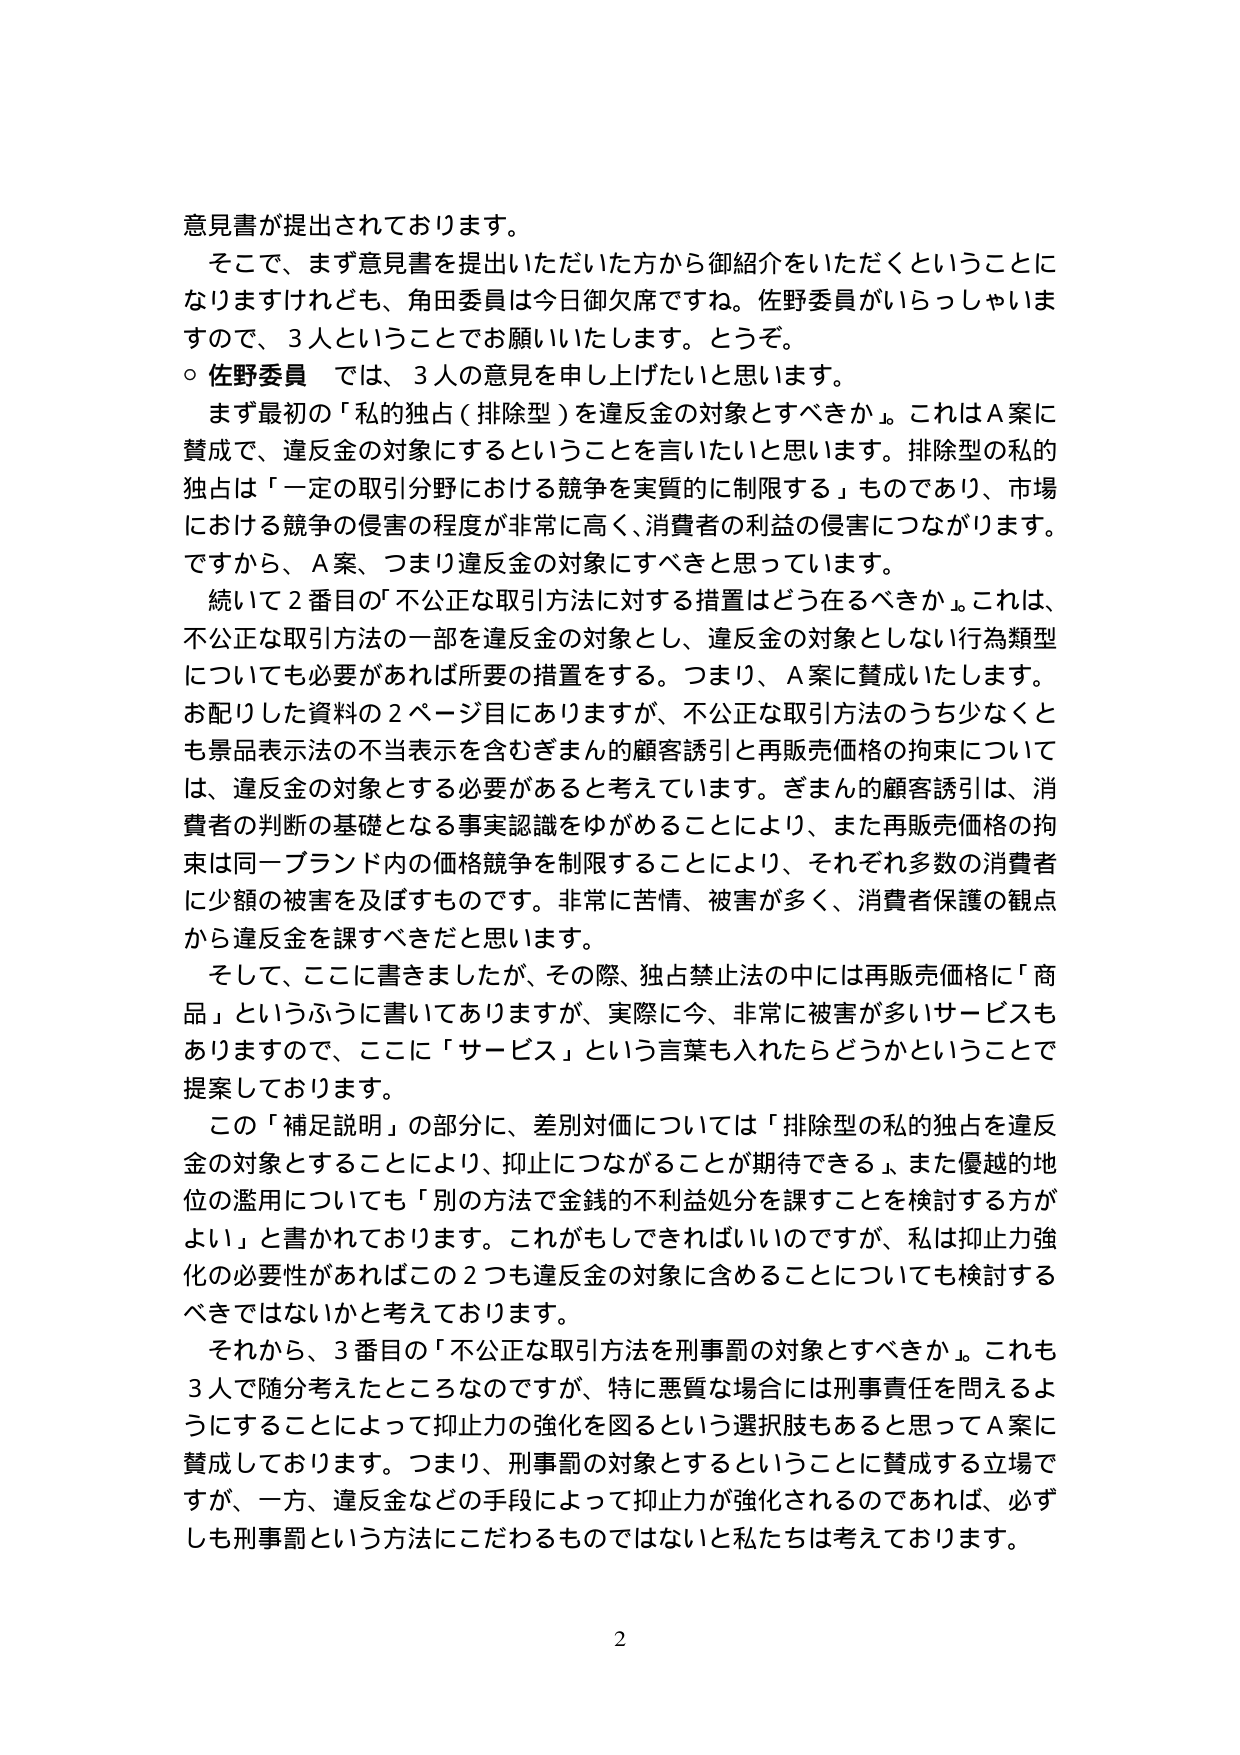
意見書が提出されております。
そこで、まず意見書を提出いただいた方から御紹介をいただくということになりますけれども、角田委員は今日御欠席ですね。佐野委員がいらっしゃいますので、3人ということでお願いいたします。とうぞ。
○ 佐野委員 では、3人の意見を申し上げたいと思います。
まず最初の「私的独占（排除型）を違反金の対象とすべきか」。これはA案に賛成で、違反金の対象にするということを言いたいと思います。排除型の私的独占は「一定の取引分野における競争を実質的に制限する」ものであり、市場における競争の侵害の程度が非常に高く、消費者の利益の侵害につながります。ですから、A案、つまり違反金の対象にすべきと思っています。
続いて2番目の「不公正な取引方法に対する措置はどう在るべきか」。これは、不公正な取引方法の一部を違反金の対象とし、違反金の対象としない行為類型についても必要があれば所要の措置をする。つまり、A案に賛成いたします。お配りした資料の2ページ目がありますが、不公正な取引方法のうち少なくとも景品表示法の不当表示を含むざまん的顧客誘引と再販売価格の拘束については、違反金の対象とする必要があると考えています。ざまん的顧客誘引は、消費者の判断の基礎となる事実認識をゆがめることにより、また再販売価格の拘束は同一ブランド内の価格競争を制限することにより、それぞれ多数の消費者に少額の被害を及ぼすものです。非常に苦情、被害が多く、消費者保護の観点から違反金を課すべきだと思います。
そして、ここに書きましたが、その際、独占禁止法の中には再販売価格に「商品」というふうに書いてありますが、実際に今、非常に被害が多いサービスもありますので、ここに「サービス」という言葉も入れたらどうかということで提案しております。
この「補足説明」の部分に、差別対価については「排除型の私的独占を違反金の対象とすることにより、抑止につながることが期待できる」、また優越的地位の濫用についても「別の方法で金銭的不利益処分を課すことを検討する方がよい」と書かれております。これがあしできればいいのですが、私は抑止力強化の必要性があればこの2つも違反金の対象に含めることについても検討するべきではないかと考えております。
それから、3番目の「不公正な取引方法を刑事罰の対象とすべきか」。これも3人で随分考えたところなのですが、特に悪質な場合には刑事責任を問えるようにすることによって抑止力の強化を図るという選択肢もあると思ってA案に賛成しております。つまり、刑事罰の対象とするということに賛成する立場ですが、一方、違反金などの手段によって抑止力が強化されるのであれば、必ずしも刑事罰という方法にこだわるものではないと私たちは考えております。

2